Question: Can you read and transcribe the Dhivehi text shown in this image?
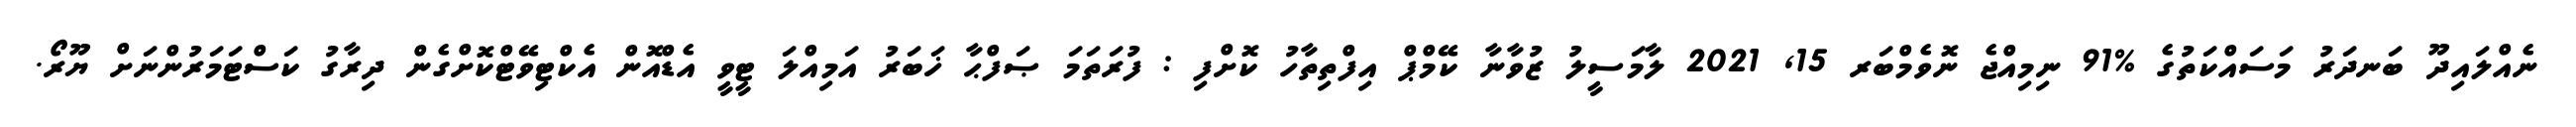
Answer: ނެއްލައިދޫ ބަނދަރު މަސައްކަތުގެ %91 ނިމިއްޖެ ނޮވެމްބަރ 15, 2021 ލާމަސީލު ޒުވާނާ ކޭމްޕް އިފްތިތާހު ކޮށްފި : ފުރަތަމަ ޞަފްޙާ ޚަބަރު އަމިއްލަ ޓީވީ އެޑްއޮން އެކްޓިވޭޓްކޮށްގެން ދިރާގު ކަސްޓަމަރުންނަށް ޔޫރޯ.